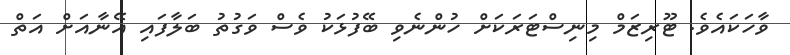
ވާހަކައެވެ. ޓޫރިޒަމް މިނިސްޓަރަކަށް ހުންނެވި ބޭފުޅަކު ވެސް ވަގުތު ބަލާފައި އޭނާއަށް އަތް